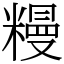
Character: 䊡